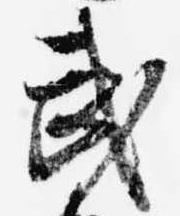
武